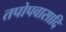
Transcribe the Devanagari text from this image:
तपोपवासादि